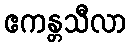
ဧကန္တသီလာ